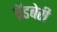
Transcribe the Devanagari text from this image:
ब्रॅडबेरी